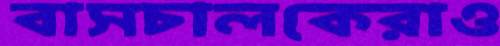
বাসচালকেরাও